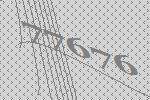
77676